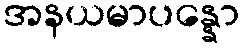
အနယမာပန္နော